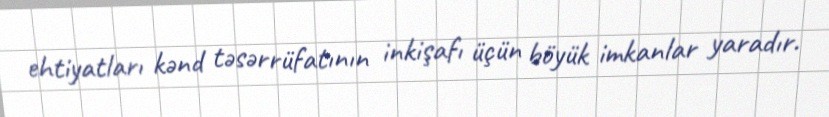
ehtiyatları kənd təsərrüfatının inkişafı üçün böyük imkanlar yaradır.